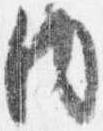
内